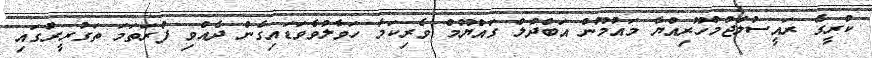
ކުރީގެ ރައީސުލްޖުމްހޫރިއްޔާ މައުމޫން އަބްދުލް ގައްޔޫމް ވެރިކަމާ ހަވާލުވެވަޑައިގެން ދެއްވި ފުރަތަމަ ތަގުރީރުގައި